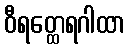
ဝီရတ္ထေရဂါထာ